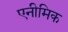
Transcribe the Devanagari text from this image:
एनीमिक